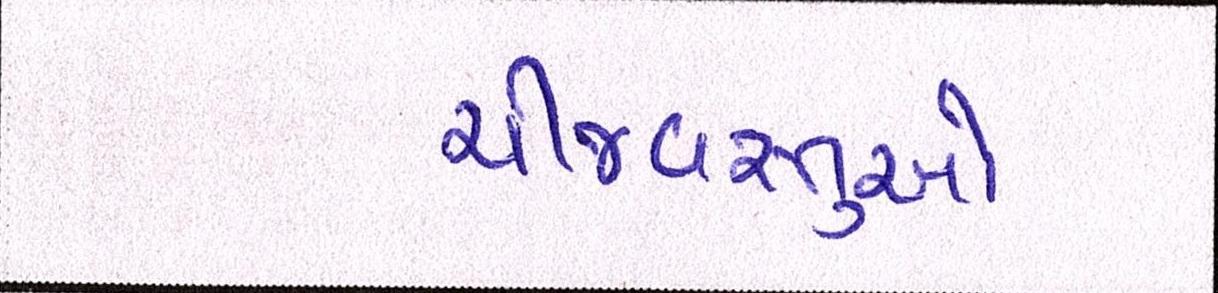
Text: ચીજવસ્તુઓ